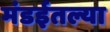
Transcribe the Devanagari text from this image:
मंडईतल्या